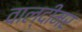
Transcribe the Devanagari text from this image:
वाल्दीमर